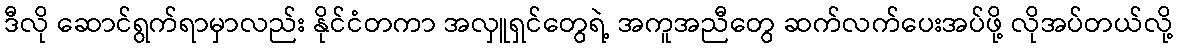
ဒီလို ဆောင်ရွက်ရာမှာလည်း နိုင်ငံတကာ အလှူရှင်တွေရဲ့ အကူအညီတွေ ဆက်လက်ပေးအပ်ဖို့ လိုအပ်တယ်လို့